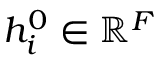
h _ { i } ^ { 0 } \in { \mathbb { R } } ^ { F }